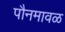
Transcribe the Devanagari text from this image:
पौनमावळ